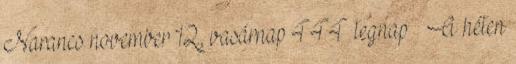
Narancs november 12., vasárnap 444 tegnap – A héten